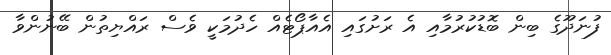
ފުނަދޫގެ ބިން ބޮޑުކުރުމާއި އެ ރަށުގައި އެއާޕޯޓެއް ހެދުމަކީ ވެސް ރައްޔިތުން ބޭނުންވާ